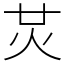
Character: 炗